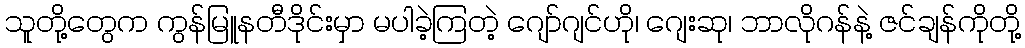
သူတို့တွေက ကွန်မြူနတီဒိုင်းမှာ မပါခဲ့ကြတဲ့ ဂျော်ဂျင်ဟို၊ ဂျေးဆု၊ ဘာလိုဂန်နဲ့ ဇင်ချန်ကိုတို့